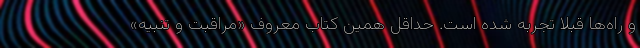
و راه‌ها قبلا تجربه شده است.‌ حداقل همین کتاب معروف «مراقبت و تنبیه»